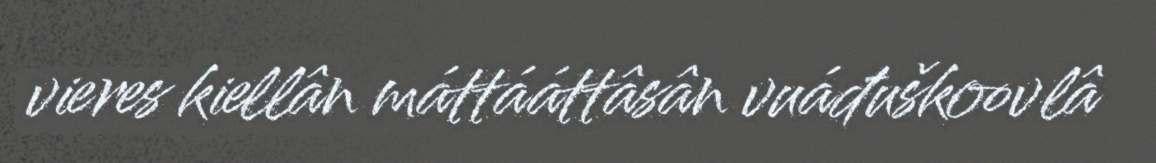
vieres kiellân máttááttâsân vuáđuškoovlâ